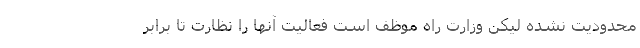
محدودیت نشده لیکن وزارت راه موظف است فعالیت آنها را نظارت تا برابر